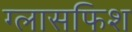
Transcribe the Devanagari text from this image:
ग्लासफिश